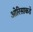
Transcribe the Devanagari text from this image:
ओरिसाकडे